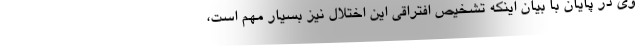
وی در پایان با بیان اینکه تشخیص افتراقی این اختلال نیز بسیار مهم است،